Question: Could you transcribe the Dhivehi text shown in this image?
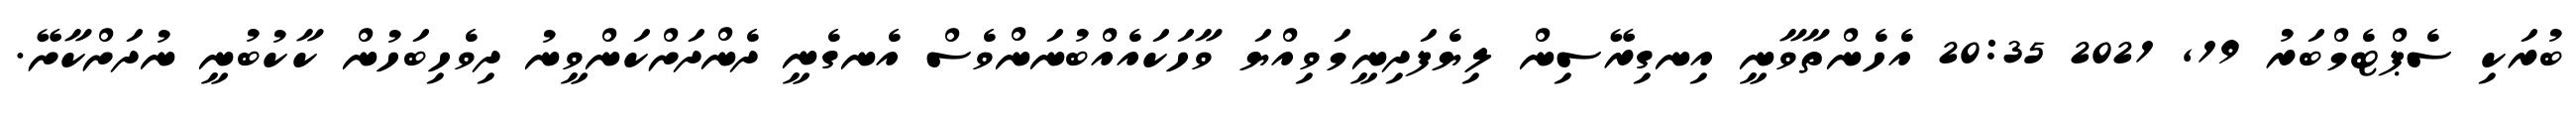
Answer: ބުރަކި ސެޕްޓެމްބަރު 19, 2021 20:35 އެހެންތާވާނީ އިނގިރޭސިން ލިޔެފަދިނީމަވިއްޔަ ވާހަކައެއްބުނަންވެސް އެނގެނީ ދެންދަށްކަންވީނު ދިވެހިބަހުން ކާކުބުނީ ނުދަށްކާށޭ.